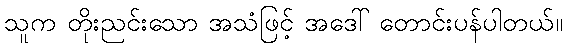
သူက တိုးညင်းသော အသံဖြင့် အဒေါ် တောင်းပန်ပါတယ်။